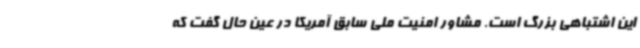
این اشتباهی بزرگ است. مشاور امنیت ملی سابق آمریکا در عین حال گفت که